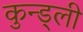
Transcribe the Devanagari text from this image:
कुन्ड्ली